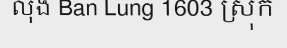
លុង Ban Lung 1603 ស្រុក